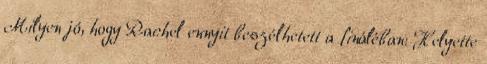
Milyen jó, hogy Rachel ennyit beszélhetett a fináléban: Helyette